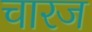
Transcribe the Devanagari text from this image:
चारज